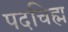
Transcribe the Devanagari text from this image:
पदचिह्म